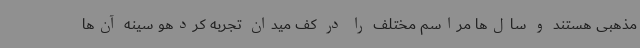
مذهبی هستند و سال‌ها مراسم مختلف را در کف میدان تجربه کردهو سینه آن‌ها